Tartu_pedagoogiumi_aruanded, lk 22
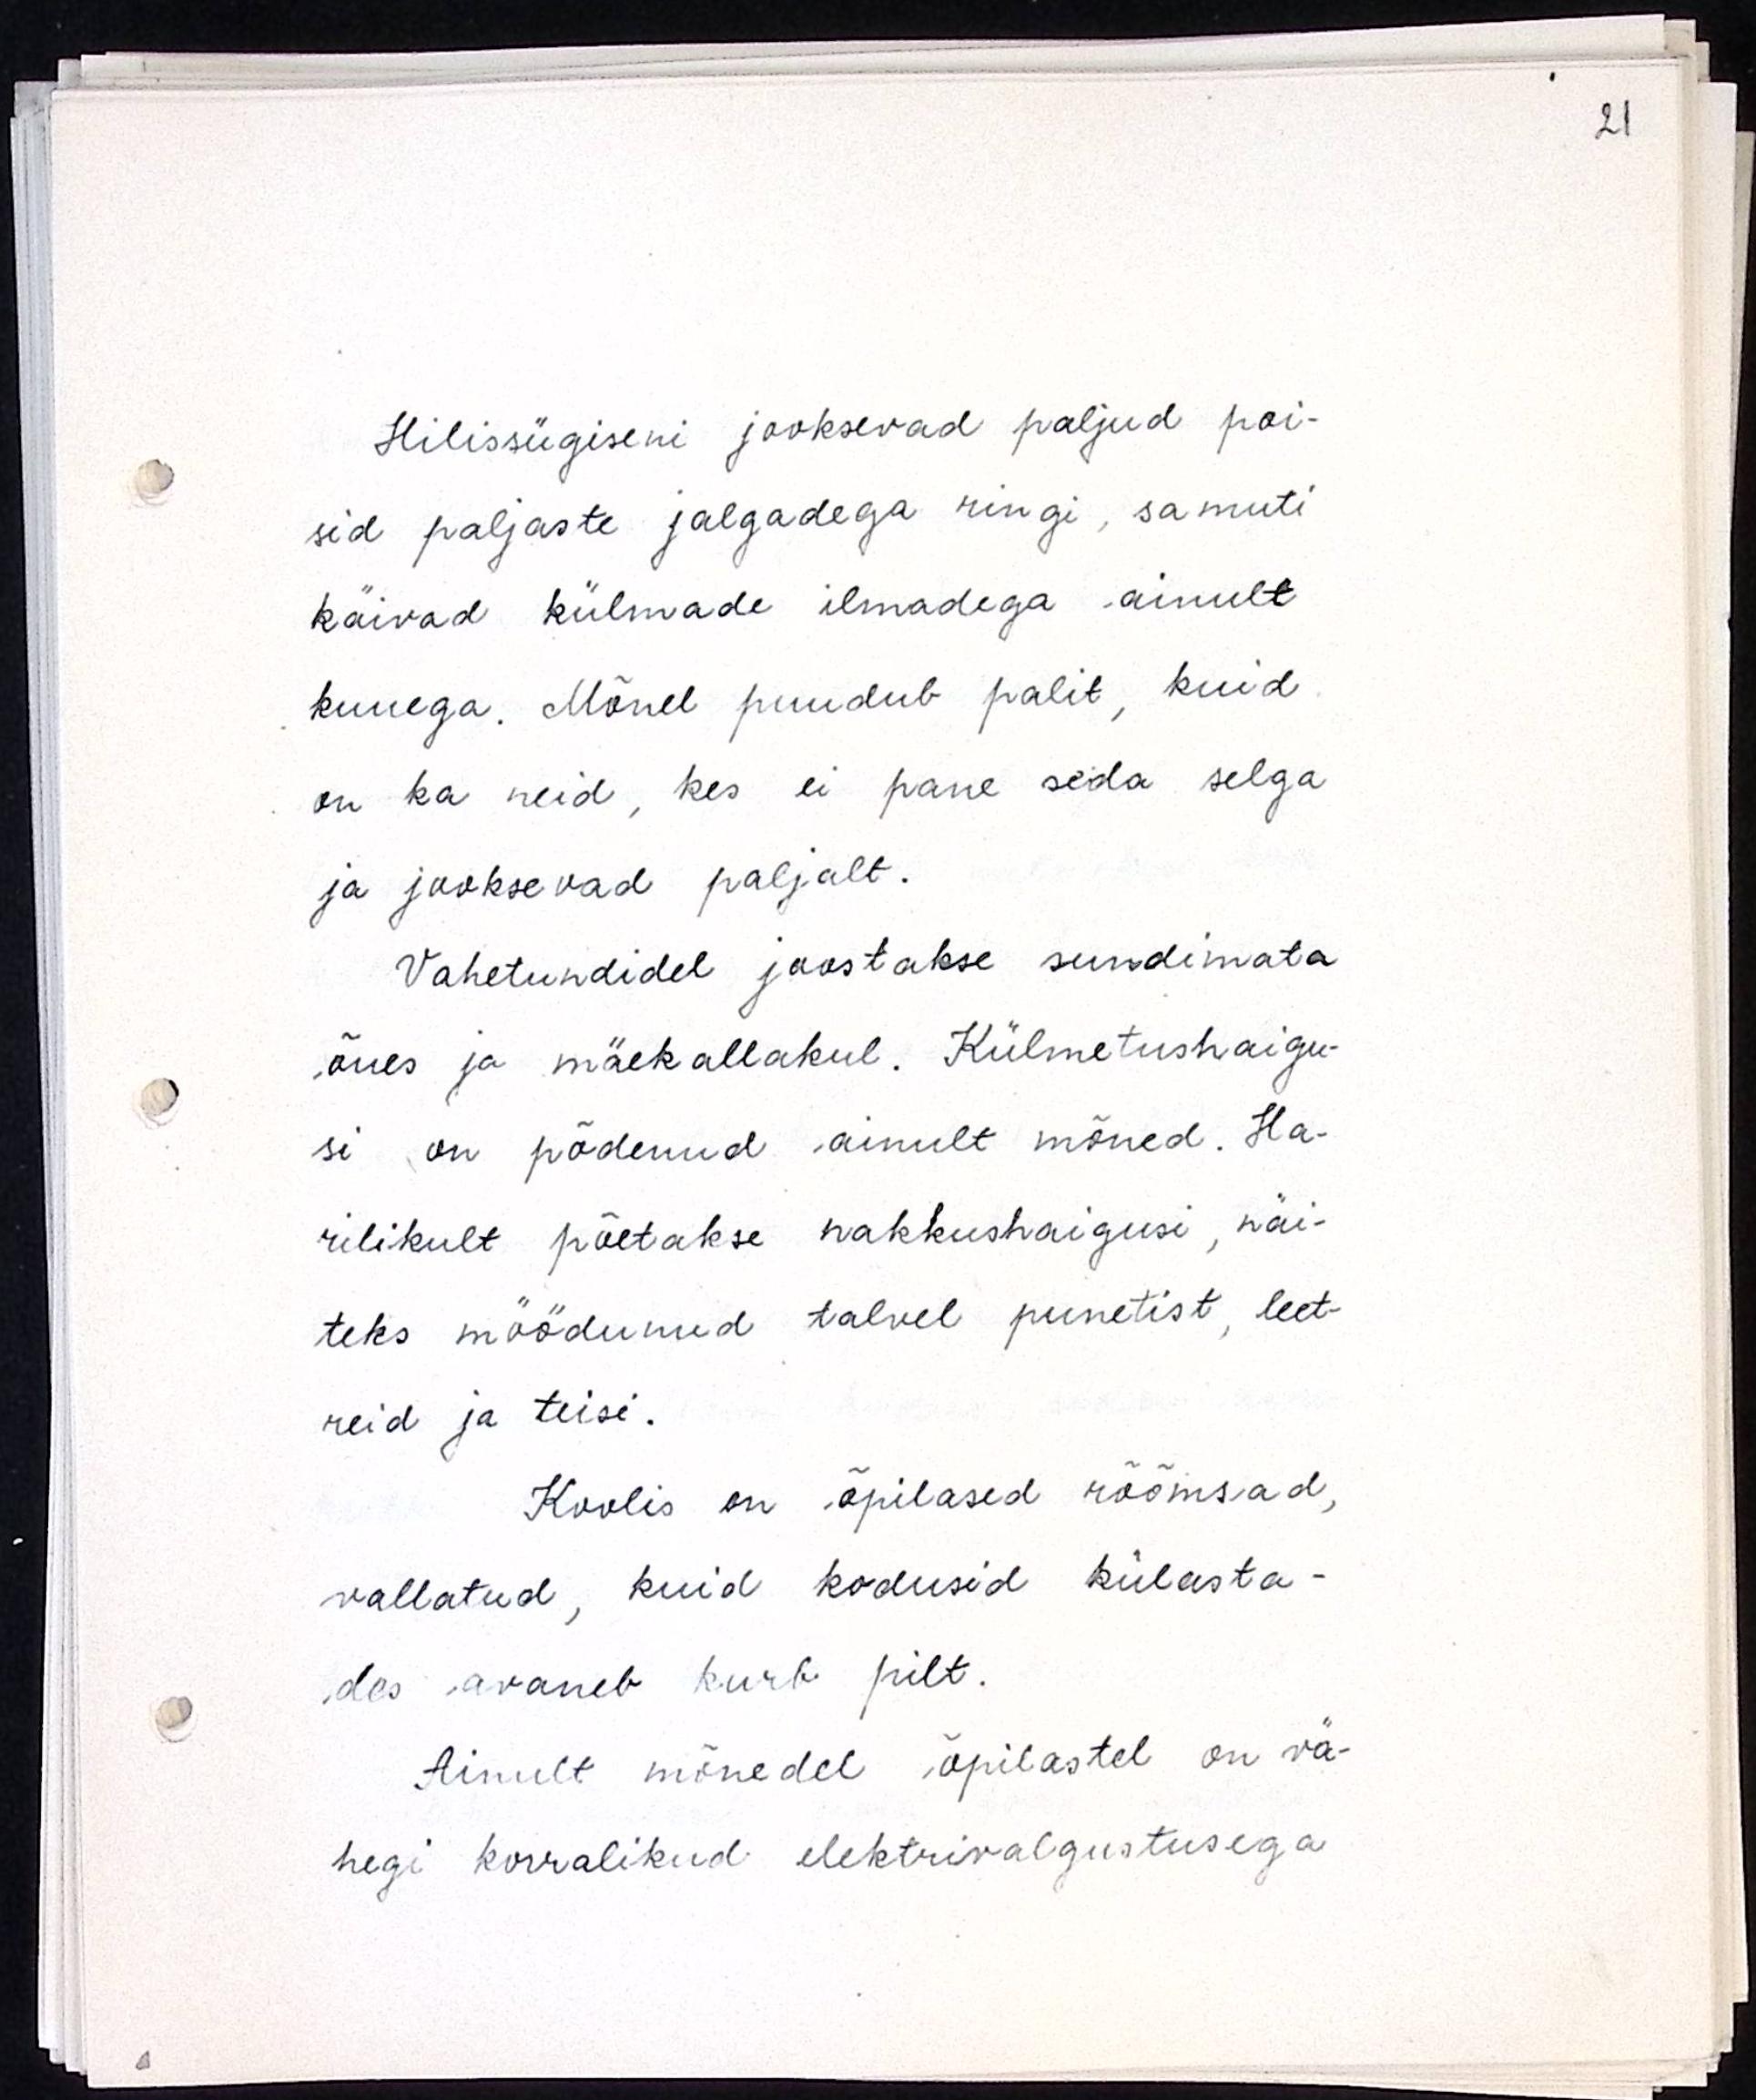
Hilissügiseni jooksevad paljud poi-
sid paljaste jalgadega ringi, samuti
käivad külmade ilmadega ainult
kuuega. Mõnel puudub palit, kuid
on ka neid, kes ei pane seda selga
ja jooksevad paljalt.
Vahetundidel joostakse sundimata
õues ja mäekallakul. Külmetushaigu-
si on põdenud ainult mõned. Ha-
rilikult põetakse nakkushaigusi, näi-
teks möödunud talvel punetist, leet-
reid ja teisi.
Koolis on õpilased rõõmsad,
vallatud, kuid kodusid külasta-
des avaneb kurb pilt.
Ainult mõnedel õpilastel on vä-
hegi korralikud elektrivalgustusega